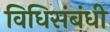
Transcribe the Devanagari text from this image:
विधिसंबंधी